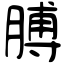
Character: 膊